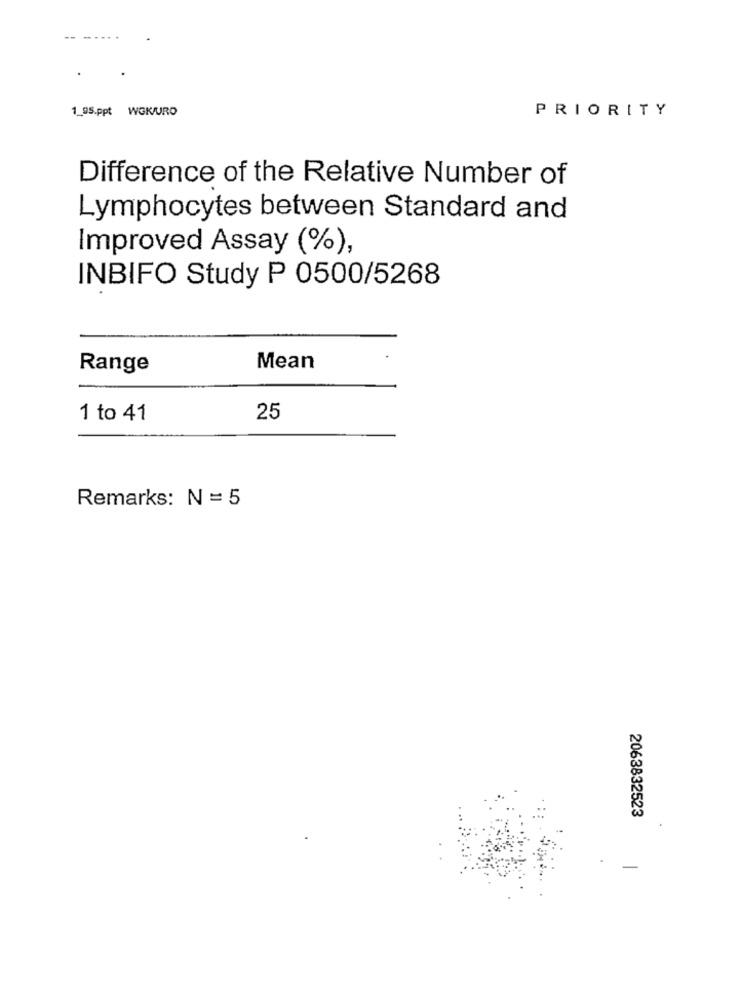
--
1_95.ppt WGK/URO
PRIORITY
Difference of the Relative Number of
Lymphocytes between Standard and
Improved Assay (%),
INBIFO Study P 0500/5268
Range
Mean
1 to 41
25
Remarks: N = 5
2063832523
-